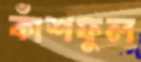
কাঁশফুল